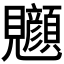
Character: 𫌧